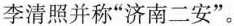
与李清照并称”济南二安”。